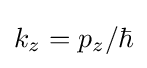
k_{z}=p_{z}/\hbar